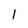
Character: 1